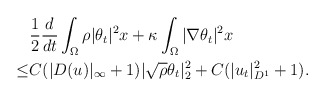
\begin{align*}&\frac{1}{2}\frac{d}{dt} \int_{\Omega}\rho |\theta_t|^2 x+\kappa\int_{\Omega}|\nabla \theta_t|^2x\\\leq& C(|D(u)|_\infty+1)|\sqrt{\rho} \theta_t|^2_{2}+C(| u_t|^2_{D^1}+1).\end{align*}